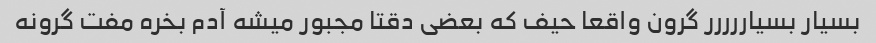
بسیار بسیاررررر گرون واقعا حیف که بعضی دقتا مجبور میشه آدم بخره مفت گرونه